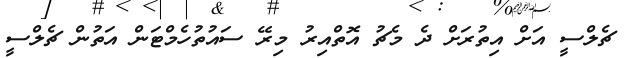
ޗެލްސީ އަށް އިތުރަށް ދެ މެޗު އޮތްއިރު މިރޭ ސައުތުހެމްޓަން އަތުން ޗެލްސީ